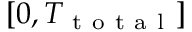
\left[ 0 , { T _ { \mathrm { ~ t ~ o ~ t ~ a ~ l ~ } } } \right]